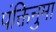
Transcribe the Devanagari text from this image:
पंक्तिनुमा